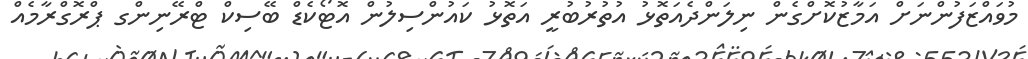
މުވައްޒަފުންނަށް އަމާޒުކޮށްގެން ނިލަންދެއަތޮޅު އުތުރުބުރީ އަތޮޅު ކައުންސިލުން އޮޓޯކެޑް ބޭސިކް ޓްރޭނިންގ ޕްރޮގްރާމެއް